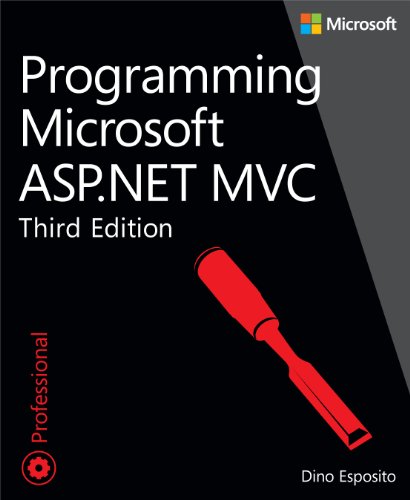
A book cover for Programming Microsoft ASP.NET MVC (3rd Edition) (Developer Reference); Dino Esposito; Computers & Technology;